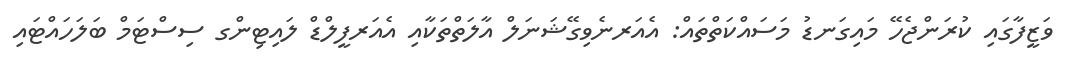
ވަޒީފާގައި ކުރަންޖެހޭ މައިގަނޑު މަސައްކަތްތައް: އެއަރނެވިގޭޝަނަލް އާލަތްތަކާއި އެއަރފީލްޑް ލައިޓިންގ ސިސްޓަމް ބަލަހައްޓައި